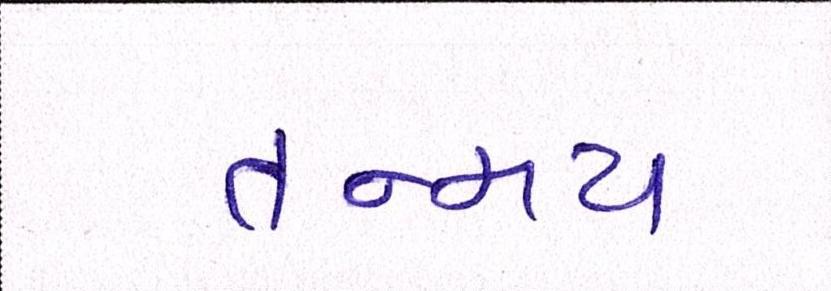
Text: તન્મય